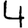
Digit: 4